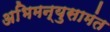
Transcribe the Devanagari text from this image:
अभिमन्युसामंत